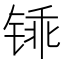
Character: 𫟽